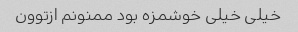
خیلی خیلی خوشمزه بود ممنونم ازتوون